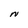
Character: N